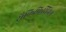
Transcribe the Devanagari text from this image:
सैक्रिफिसिंअम